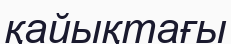
қайықтағы